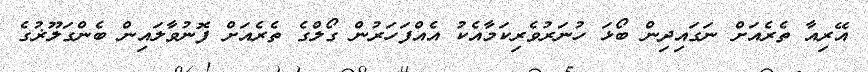
އޭރިއާ ތެރެއަށް ނަގައިދިން ބޯޅަ ހުނަރުވެރިކަމާއެކު އެއްފަހަރުން ގޯލްގެ ތެރެއަށް ފޮނުވާލައިން ބެންގަލޫޜުގެ